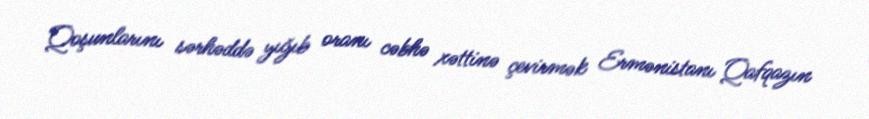
Qoşunlarını sərhəddə yığıb oranı cəbhə xəttinə çevirmək Ermənistanı Qafqazın